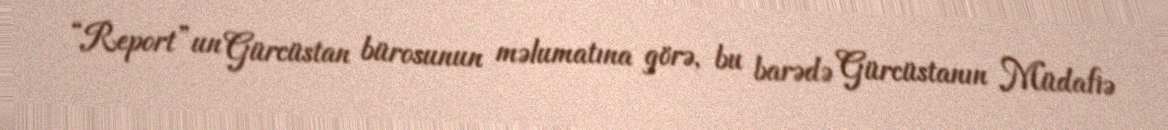
“Report”un Gürcüstan bürosunun məlumatına görə, bu barədə Gürcüstanın Müdafiə